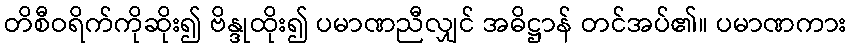
တိစီဝရိက်ကိုဆိုး၍ ဗိန္ဒုထိုး၍ ပမာဏညီလျှင် အဓိဋ္ဌာန် တင်အပ်၏။ ပမာဏကား